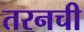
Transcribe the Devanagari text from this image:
तरनची